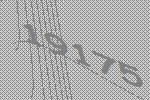
19175